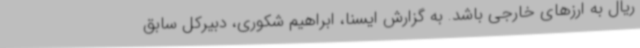
ریال به ارزهای خارجی باشد. به گزارش ایسنا، ابراهیم شکوری، دبیرکل سابق